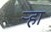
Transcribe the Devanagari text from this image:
र्‍हा